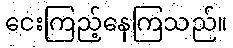
ငေးကြည့်နေကြသည်။